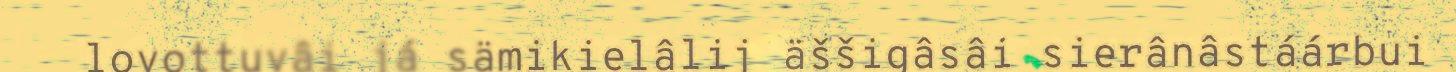
lovottuvâi já sämikielâlij äššigâsâi sierânâstáárbui